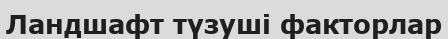
Ландшафт түзуші факторлар